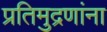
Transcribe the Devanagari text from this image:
प्रतिमुद्रणांना